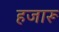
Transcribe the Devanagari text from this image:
हजारू